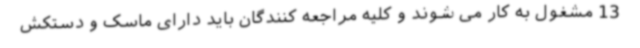
13 مشغول به کار می شوند و کلیه مراجعه کنندگان باید دارای ماسک و دستکش